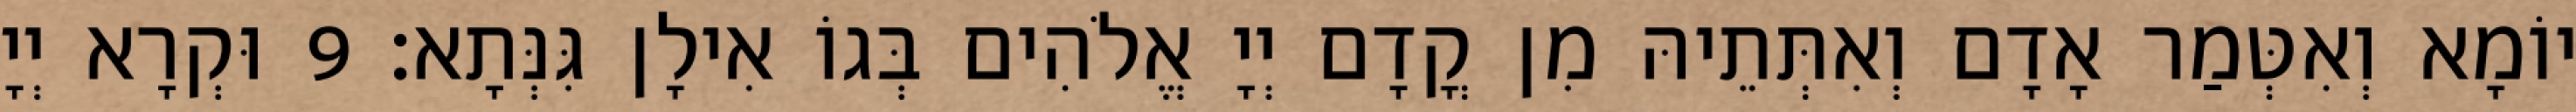
יוֹמָא וְאִטְּמַר אָדָם וְאִתְּתֵיהּ מִן קֳדָם יְיָ אֱלֹהִים בְּגוֹ אִילָן גִּנְּתָא׃ 9 וּקְרָא יְיָ